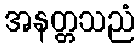
အနတ္တသညံ